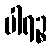
ပါရဉ္စ